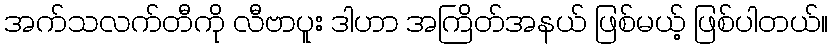
အက်သလက်တီကို လီဗာပူး ဒါဟာ အကြိတ်အနယ် ဖြစ်မယ့် ဖြစ်ပါတယ်။